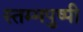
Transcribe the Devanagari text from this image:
स्तम्भपुष्पी